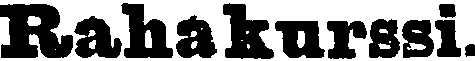
Rahakurssi.